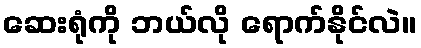
ဆေးရုံကို ဘယ်လို ရောက်နိုင်လဲ။